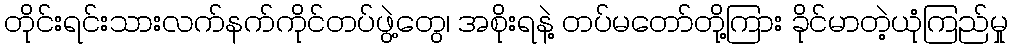
တိုင်းရင်းသားလက်နက်ကိုင်တပ်ဖွဲ့တွေ၊ အစိုးရနဲ့ တပ်မတော်တို့ကြား ခိုင်မာတဲ့ယုံကြည်မှု